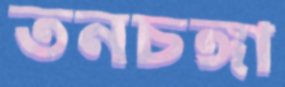
তনচঙ্গা